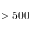
> 5 0 0